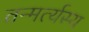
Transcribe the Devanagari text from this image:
तन्मर्त्यस्य